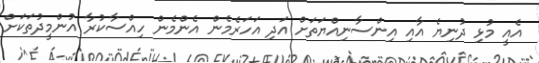
އެއީ މުޅި ދުނިޔެ އާއި އިންސާނިއްޔަތަށް އަދި އަހަރެމެން އެންމެން ހިއްސާކުރާ އުންމީދުތަކަށް